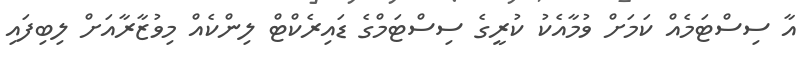
އާ ސިސްޓަމެއް ކަމަށް ވުމާއެކު ކުރީގެ ސިސްޓަމްގެ ޑައިރެކްޓް ލިންކެއް މިވުޒާރާއަށް ލިބިފައި